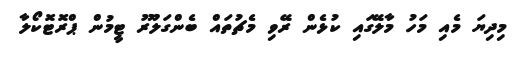
މިދިޔަ މެއި މަހު މާލޭގައި ކުޅެން ރޭވި މެޗުތައް ބެންގަލޫރު ޓީމުން ޕްރޮޓޮކޯލާ